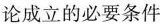
论成立的必要条件